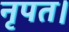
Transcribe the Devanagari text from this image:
नृपत।